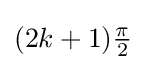
{\textstyle (2k+1){\frac {\pi }{2}}}